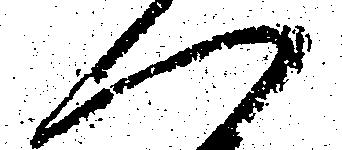
へ